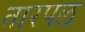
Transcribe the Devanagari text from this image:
तारपल